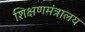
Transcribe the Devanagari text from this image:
शिक्षणमंत्रालय